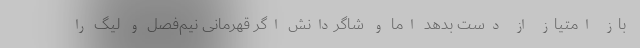
باز امتیاز از دست بدهد اما و شاگردانش اگر قهرمانی نیم‌فصل و لیگ را